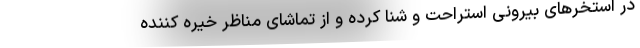
در استخر‌های بیرونی استراحت و شنا کرده و از تماشای مناظر خیره کننده